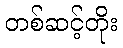
တစ်ဆင့်တိုး